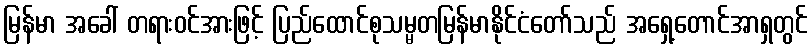
မြန်မာ အခေါ် တရားဝင်အားဖြင့် ပြည်ထောင်စုသမ္မတမြန်မာနိုင်ငံတော်သည် အရှေ့တောင်အာရှတွင်